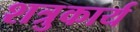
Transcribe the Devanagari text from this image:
शत्रुकार्य